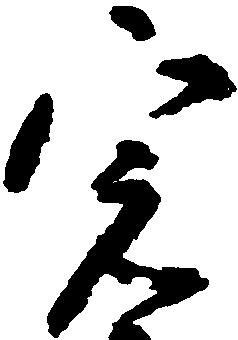
宍